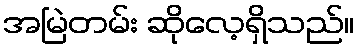
အမြဲတမ်း ဆိုလေ့ရှိသည်။